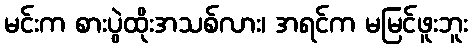
မင်းက စားပွဲထိုးအသစ်လား၊ အရင်က မမြင်ဖူးဘူး